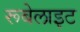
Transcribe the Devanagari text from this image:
रूबेलाइट